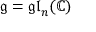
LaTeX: { \mathfrak { g } } = { \mathfrak { g l } } _ { n } ( \mathbb { C } )